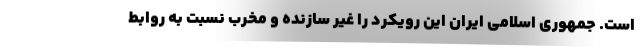
است. جمهوری اسلامی ایران این رویکرد را غیر سازنده و مخرب نسبت به روابط